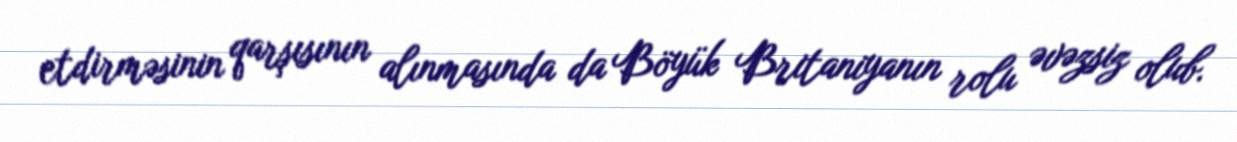
etdirməsinin qarşısının alınmasında da Böyük Britaniyanın rolu əvəzsiz olub.